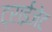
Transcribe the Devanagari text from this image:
ट्राईजेट